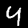
Digit: 4